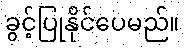
ခွင့်ပြုနိုင်ပေမည်။